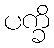
ပက္ခိ